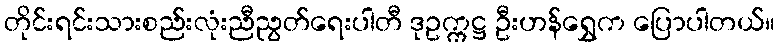
တိုင်းရင်းသားစည်းလုံးညီညွတ်ရေးပါတီ ဒုဥက္ကဋ္ဌ ဦးဟန်ရွှေက ပြောပါတယ်။